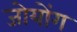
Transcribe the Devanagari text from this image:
जोयोंग